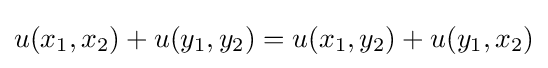
u(x_{1},x_{2})+u(y_{1},y_{2})=u(x_{1},y_{2})+u(y_{1},x_{2})